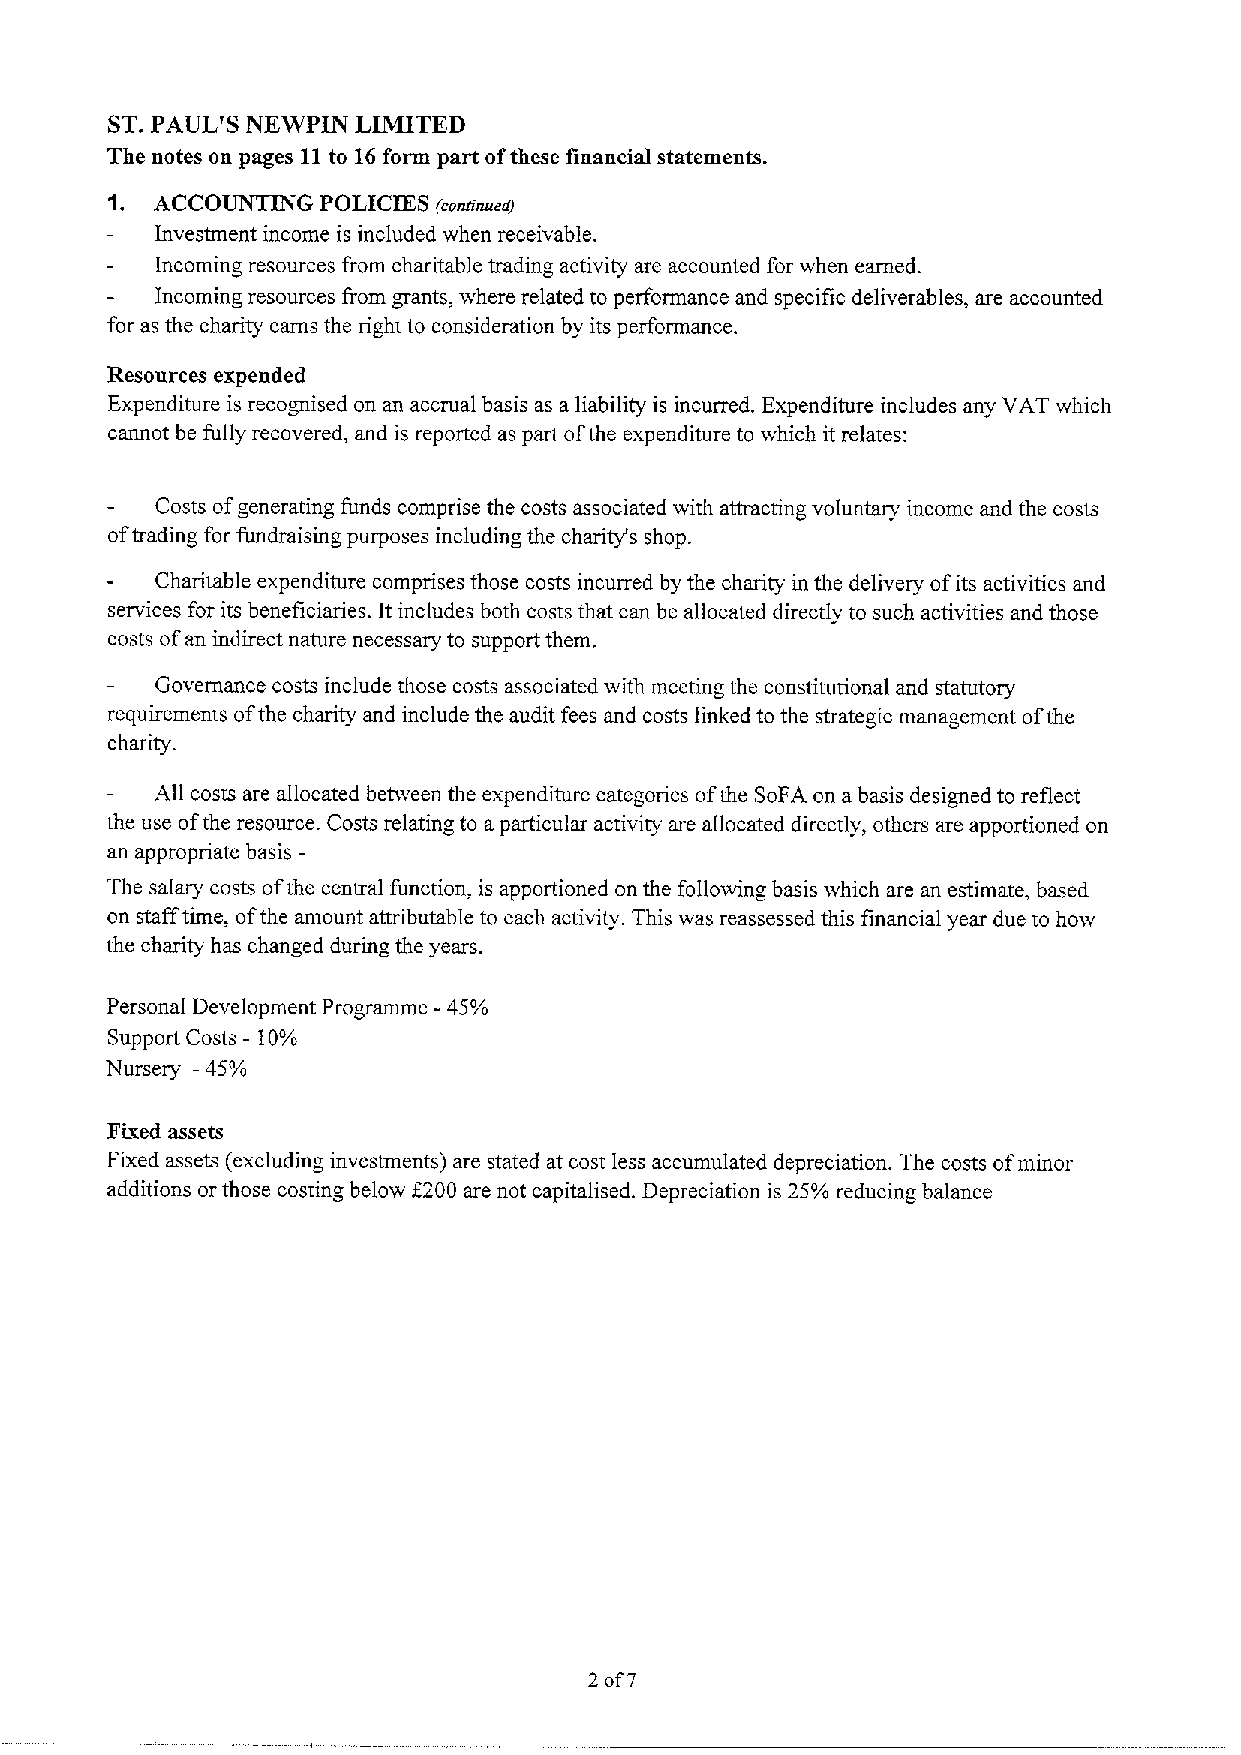
ST.PAUL'S NEWPIN LIMITED
 The notes on pages 11to 16form part ofthese financial statements.
 1. ACCOUNTING POLICIES (continued)
 Investment income is included when receivable.
 Incoming resources from charitable trading activity are accounted for when earned.
 Incoming resources from grants, where related to performance and specific deliverables, are accounted
 for as the charity earns the right to consideration by its performance.
 Resources expended
 Expenditure is recognised on an accrual basis as a liability is incurred. Expenditure includes any VAT which
 cannot be fully recovered, and is reported as part ofthe expenditure to which it relates:
 Costs ofgenerating funds comprise the costs associated with attracting voluntary income and the costs
 oftrading for fundraising purposes including the charity's shop.
 Charitable expenditure comprises those costs incurred by the charity in the delivery ofits activities and
 services for its beneficiaries. It includes both costs that can be allocated directly to such activities and those
 costs ofan indirect nature necessary to support them.
 Governance costs include those costs associated with meeting the constitutional and statutory
 requirements ofthe charity and include the audit fees and costs linked to the strategic management ofthe
 charity.
 All costs are allocated between the expenditure categories ofthe SoFA on a basis designed to reflect
 the use ofthe resource. Costs relating to a particular activity are allocated directly, others are apportioned on
 an appropriate basis-
 The salary costs ofthe central function, is apportioned on the following basis which are an estimate, based
 on staff time, ofthe amount attributable to each activity. This was reassessed this financial year due to how
 the charity has changed during the years.
 Personal Development Programme -45%
 Support Costs —10%
 Nursery —45%
 Fixed assets
 Fixed assets (excluding investments) are stated at cost less accumulated depreciation. The costs ofminor
 additions or those costing below 6200 are not capitalised. Depreciation is 25%reducing balance
 2of7